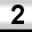
Digit: 2